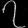
Digit: ၇